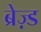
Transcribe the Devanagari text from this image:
ब्रेज़्ड